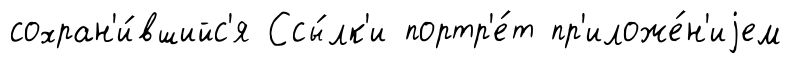
сохран'и́вшийс'я Ссы́лк'и портр'е́т пр'иложе́н'иjем